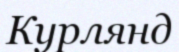
Курлянд